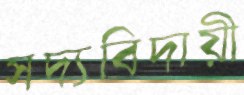
সদ্যবিদায়ী